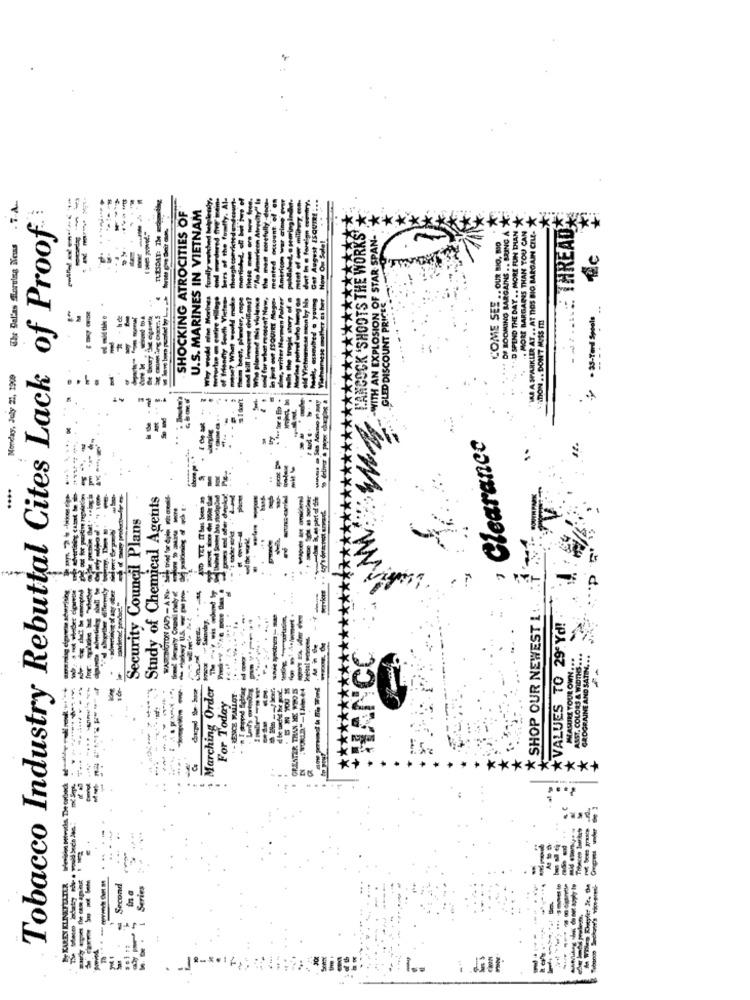
TLESDAT: 7H acht
U.S. MARINES IN VIETNAM
Tobacco Industry Rebuttal Cites Lack of Proof
-----
SHOCKING ATROCITIES OF
:: THREAD
mily watched he
DF BOOMING BARGAINS .. BRING A
D SPEND THE DAY .. MORE FUN THAN
. MORE BARGAINS THAN YOU CAN
VA A SPARKLER AT .. AT TIOS BIO BARGAIN CIL-
N OF STAR SPAN-
.OUR BIO, BIO
The Dal'as Soruing News
Why would eine Morines fully ww
Now O
COME SEE
-
· 3-Yard Speels
midtthe
TION .. DON'T MISS m
writer Non
The tropis
Monday, July 21, 1900
GLED DI
WITH
I don't
Clearance
-
...
Study of Chemical Agents
Security Council Plans
------
-
SHOP OUR NEWEST L ..
**************
--- -
*VALUES TO 29 Yd!
HANCC
MASUIRE YOUR OWN.
-------
--
Marching Order
-
-- -
GREATER THAN KE VOOS
ASST. COLORS A W
. - RENE MALLOT
For Today
ROGRAJ
<****** +
...
is The or
-----
Second
Serie